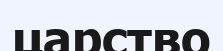
царство